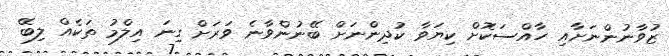
ޒުވާނުންނަށާއި ހާއްސަކޮށް ކިޔަވާ ކުދިންނަށް ބޭނުންވާނެ ވަރަށް ގިނަ އިލްމު ތަކެއް ލިބޭ